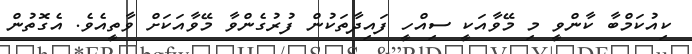
ކިއުކަމްބާ ކާންވީ މި މޭވާއަކީ ސިއްހީ ފައިދާތަކުން ފުރުގެންވާ މޭވާއަކަށް ވާތީއެވެ. އެގޮތުން